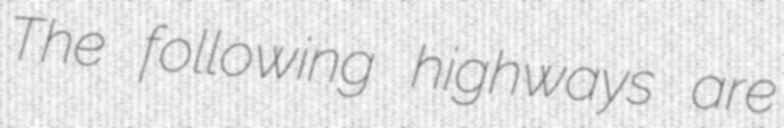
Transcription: The following highways are